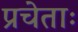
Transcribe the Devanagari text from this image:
प्रचेताः